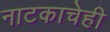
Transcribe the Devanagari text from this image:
नाटकाचेही